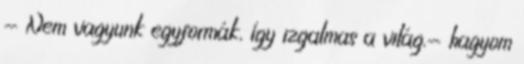
- Nem vagyunk egyformák, így izgalmas a világ.- hagyom